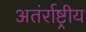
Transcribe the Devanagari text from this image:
अतंर्राष्ट्रीय